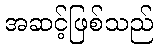
အဆင့်ဖြစ်သည်